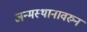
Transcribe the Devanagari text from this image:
जन्मस्थानावरुन